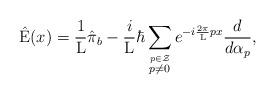
LaTeX: \begin{align*}\hat{\rm E}(x) = \frac{1}{\rm L} \hat{\pi}_b - \frac{i}{\rm L} \hbar\sum_{\stackrel {p \in \cal Z} {p \neq 0}}e^{-i \frac{2\pi}{\rm L}px} \frac{d}{d{\alpha_p}} ,\end{align*}